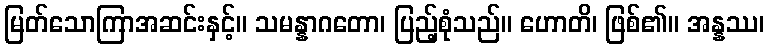
မြတ်သောကြာအဆင်းနှင့်။ သမန္နာဂတော၊ ပြည့်စုံသည်။ ဟောတိ၊ ဖြစ်၏။ အန္နဿ၊